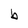
Character: b